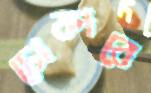
চোকাবে